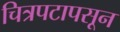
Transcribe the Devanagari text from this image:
चित्रपटापसून